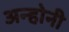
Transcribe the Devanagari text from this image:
अन्होनी